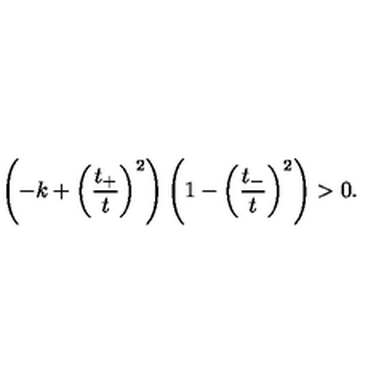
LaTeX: \left( - k + \left( \frac { t _ { + } } { t } \right) ^ { 2 } \right) \left( 1 - \left( \frac { t _ { - } } { t } \right) ^ { 2 } \right) > 0 .